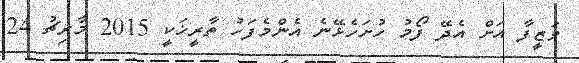
ވަޒީފާ އަށް އެދޭ ފޯމު ހުށަހެޅޭނެ އެންމެފަހު ތާރީޚަކީ 2015 މާރިޗު 24